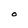
Character: O